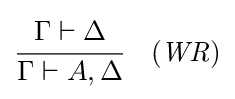
{\cfrac {\Gamma \vdash \Delta }{\Gamma \vdash A,\Delta }}\quad ({\mathit {WR}})